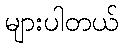
များပါတယ်